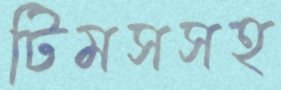
টিমসসহ